Indian journal of veterinary science and animal husbandry - Volume 4,
Year: 1934
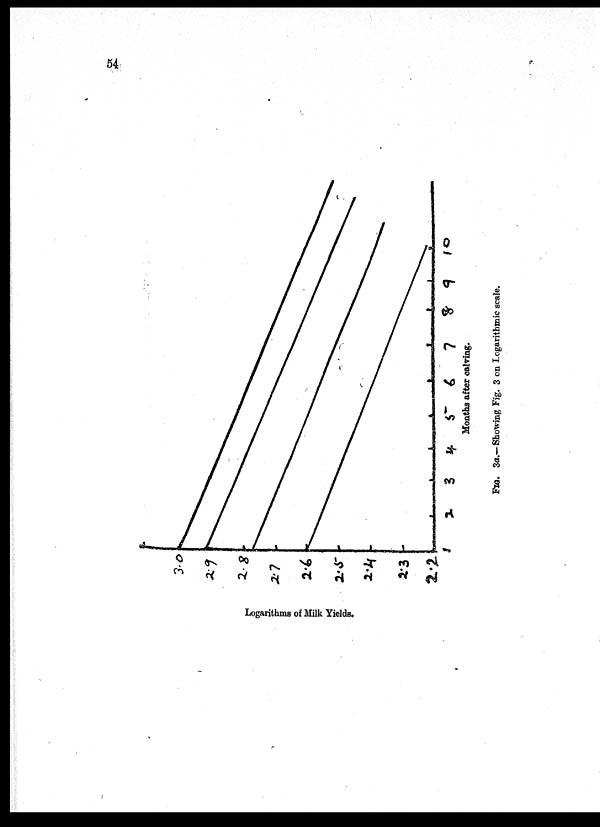
54
FIG.
3a.— Showing Fig. 3 on Logarithmic scale.